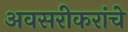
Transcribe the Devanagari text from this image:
अवसरीकरांचे